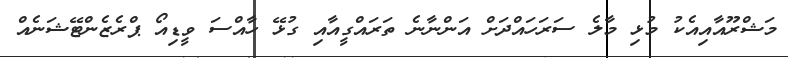
މަޝްރޫއާއިއެކު މުޅި މާލެ ސަރަހައްދަށް އަންނާނެ ތަރައްގީއާއި ގުޅޭ ހާއްސަ ވީޑިއޯ ޕްރެޒެންޓޭޝަނެއް